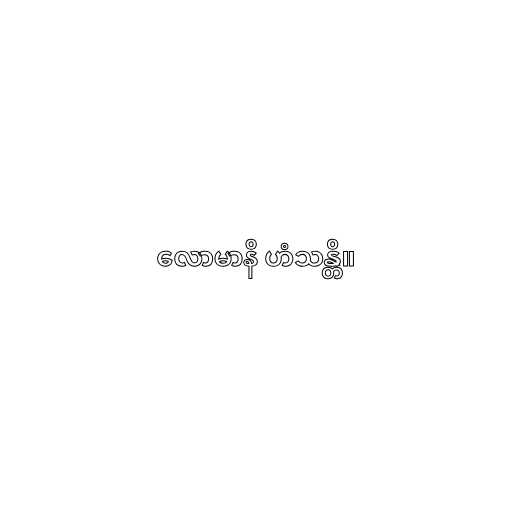
လောမာနိ ဟံသန္တိ။